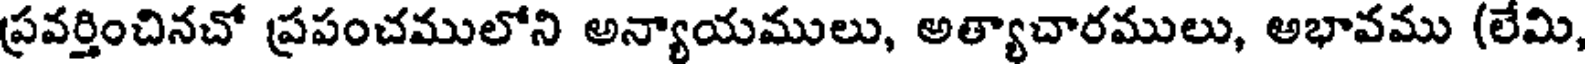
ప్రవర్తించినచో ప్రపంచములోని అన్యాయములు, అత్యాచారములు, అభావము (లేమి,